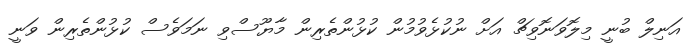
އަނިލް ބުނީ މިލޮވަނޮވިޗް އަށް ނުކުޅެވުމުން ކުޅުންތެރިން މާޔޫސްވި ނަމަވެސް ކުޅުންތެރިން ވަނީ